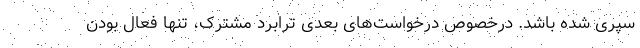
سپری شده باشد. درخصوص درخواست‌های بعدی ترابرد مشترک، تنها فعال ‌بودن